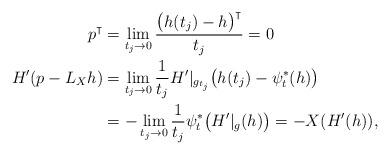
LaTeX: \begin{align*}p^\intercal &= \lim_{t_j\to 0}\frac{ \big(h(t_j)-h\big)^\intercal}{t_j} = 0\\H'(p-L_Xh)& =\lim_{t_j\to 0} \frac{1}{t_j} H'|_{g_{t_j} } \big( h(t_j)- \psi^*_t(h) \big)\\&=-\lim_{t_j\to 0} \frac{1}{t_j} \psi_t^*\big(H'|_{g}(h)\big)=-X(H'(h)),\end{align*}